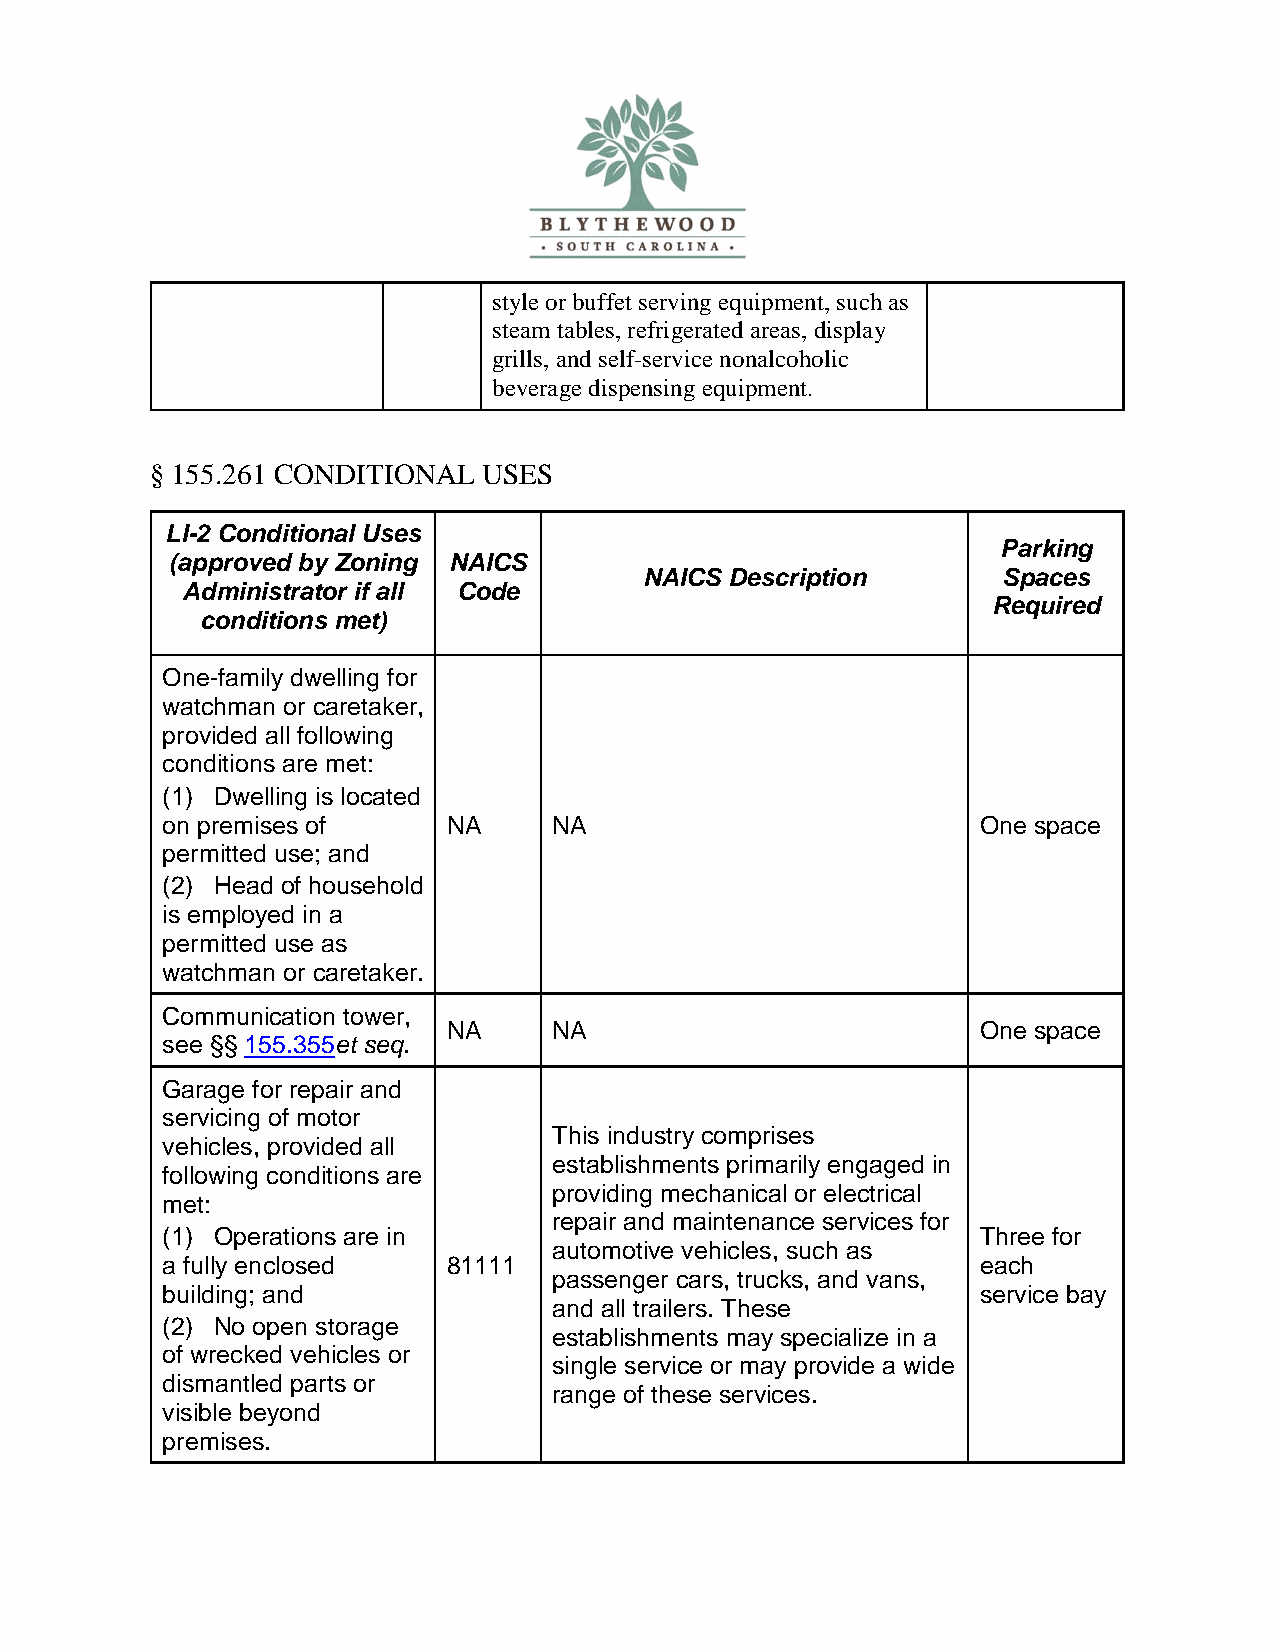
style or buffet serving equipment, such as
 steam tables, refrigerated areas, display
 grills, and self-service nonalcoholic
 beverage dispensing equipment.
 § 155.261 CONDITIONAL USES
 LI-2 Conditional Uses
 Parking
 (approved by Zoning NAICS
 NAICS Description      Spaces
 Administrator if all Code
 Required
 conditions met)
 One-family dwelling for
 watchman or caretaker,
 provided all following
 conditions are met:
 (1) Dwelling is located
 on premises of     NA     NA                          One space
 permitted use; and
 (2) Head of household
 is employed in a
 permitted use as
 watchman or caretaker.
 Communication tower,
 NA     NA                          One space
 see §§ 155.355et seq.
 Garage for repair and
 servicing of motor
 This industry comprises
 vehicles, provided all
 establishments primarily engaged in
 following conditions are
 providing mechanical or electrical
 met:
 repair and maintenance services for
 (1) Operations are in                                 Three for
 automotive vehicles, such as
 a fully enclosed   81111                              each
 passenger cars, trucks, and vans,
 building; and                                         service bay
 and all trailers. These
 (2) No open storage
 establishments may specialize in a
 of wrecked vehicles or
 single service or may provide a wide
 dismantled parts or
 range of these services.
 visible beyond
 premises.